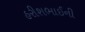
હરીશભાઈની